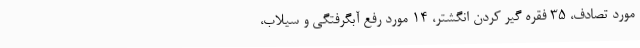
مورد تصادف، 35 فقره گیر کردن انگشتر، 14 مورد رفع آبگرفتگی و سیلاب،